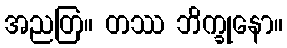
အညတြ။ တဿ ဘိက္ခုနော။